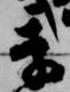
季